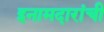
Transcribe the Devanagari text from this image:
इनामदारांची